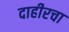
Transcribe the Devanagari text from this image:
दाहीरचा